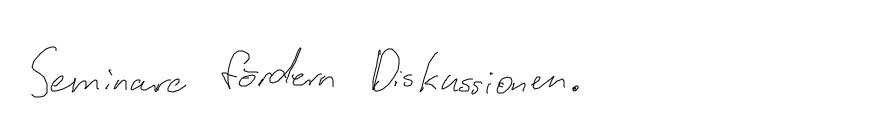
Seminare fördern Diskussionen.